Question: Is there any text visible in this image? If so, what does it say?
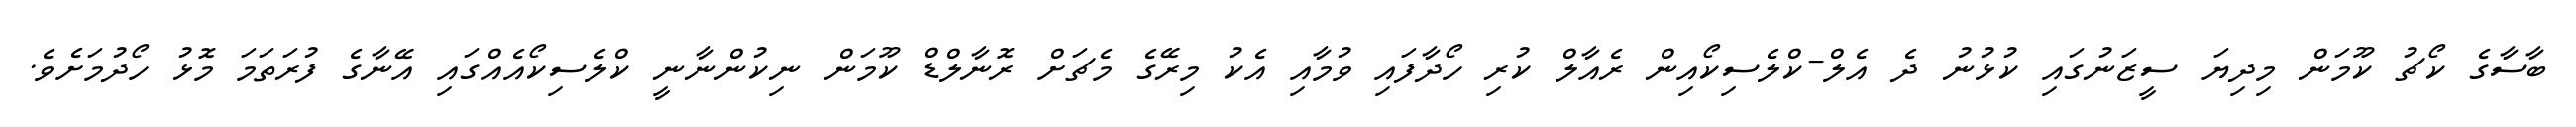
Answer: ބާސާގެ ކޯޗު ކޫމަން މިދިޔަ ސީޒަނުގައި ކުޅުނު ދެ އެލް-ކްލެސިކޯއިން ރެއާލް ކުރި ހޯދާފައި ވުމާއި އެކު މިރޭގެ މެޗަށް ރޮނާލްޑް ކޫމަން ނިކުންނާނީ ކްލެސިކޯއެއްގައި އޭނާގެ ފުރަތަމަ މޮޅު ހޯދުމަށެވެ.